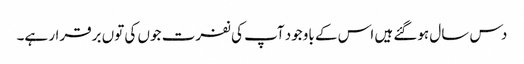
دس سال ہوگئے ہیں اس کے باوجود آپ کی نفرت جوں کی توں برقرار ہے۔